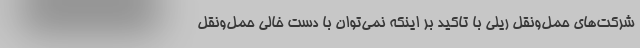
شرکت‌های حمل‌ونقل ریلی با تاکید بر اینکه نمی‌توان با دست خالی حمل‌ونقل